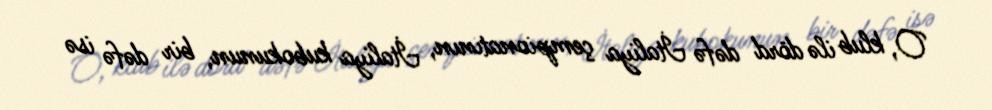
O, klub ilə dörd dəfə İtaliya çempionatının, İtaliya kubokunun, bir dəfə isə